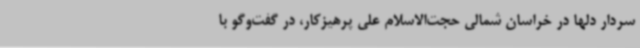
سردار دلها در خراسان شمالی حجت‌الاسلام علی پرهیزکار، در گفت‌وگو با